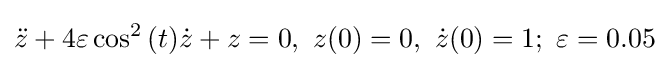
{\ddot {z}}+4\varepsilon \cos ^{2}{(t)}{\dot {z}}+z=0,~z(0)=0,~{\dot {z}}(0)=1;~\varepsilon =0.05